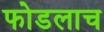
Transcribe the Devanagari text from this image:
फोडलाच